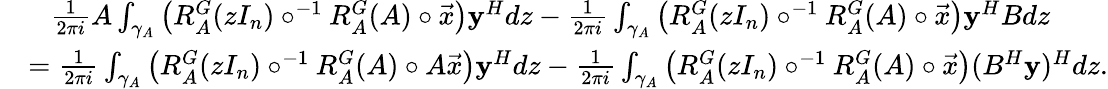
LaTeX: \begin{array}{rl}&{{\phantom{=}}\frac{1}{2\pi i}A\int_{\gamma_{A}}\left(R_{A}^{G}(zI_{n})\circ^{-1}R_{A}^{G}(A)\circ\vec{x}\right)\mathbf{y}^{H}dz-\frac{1}{2\pi i}\int_{\gamma_{A}}\left(R_{A}^{G}(zI_{n})\circ^{-1}R_{A}^{G}(A)\circ\vec{x}\right)\mathbf{y}^{H}Bdz}\\ &{=\frac{1}{2\pi i}\int_{\gamma_{A}}\left(R_{A}^{G}(zI_{n})\circ^{-1}R_{A}^{G}(A)\circ A\vec{x}\right)\mathbf{y}^{H}dz-\frac{1}{2\pi i}\int_{\gamma_{A}}\left(R_{A}^{G}(zI_{n})\circ^{-1}R_{A}^{G}(A)\circ\vec{x}\right)(B^{H}\mathbf{y})^{H}dz.}\end{array}